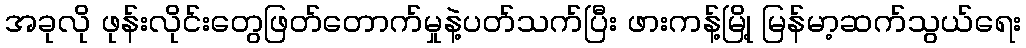
အခုလို ဖုန်းလိုင်းတွေဖြတ်တောက်မှုနဲ့ပတ်သက်ပြီး ဖားကန့်မြို့ မြန်မာ့ဆက်သွယ်ရေး